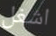
اشغل